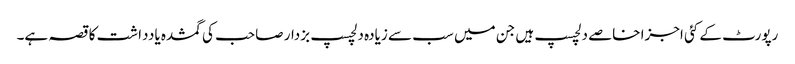
رپورٹ کے کئی اجزا خاصے دلچسپ ہیں جن میں سب سے زیادہ دلچسپ بزدار صاحب کی گمشدہ یادداشت کا قصہ ہے۔